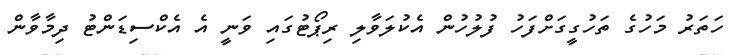
ހަތަރު މަހުގެ ތަހުގީގަށްފަހު ފުލުހުން އެކުލަވާލި ރިޕޯޓުގައި ވަނީ އެ އެކްސިޑަންޓު ދިމާވާން